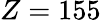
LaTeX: Z=155